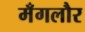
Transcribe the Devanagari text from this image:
मँगलौर